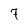
Character: 7